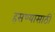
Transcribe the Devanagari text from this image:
हसण्यासाठी